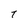
Character: T